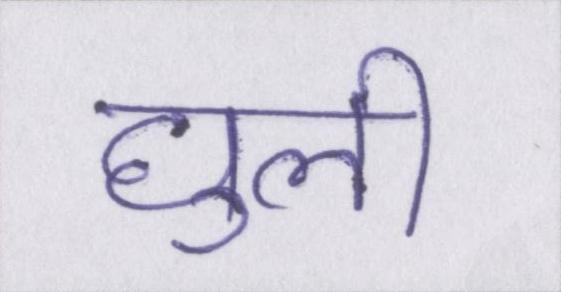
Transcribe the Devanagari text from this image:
घुली